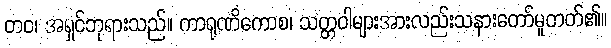
တဝ၊ အရှင်ဘုရားသည်။ ကာရုဏိကောစ၊ သတ္တဝါများအားလည်းသနားတော်မူတတ်၏။